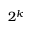
2 ^ { k }